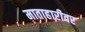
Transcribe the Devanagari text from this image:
माताहारीवर